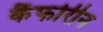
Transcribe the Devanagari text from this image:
कैंफोरीन